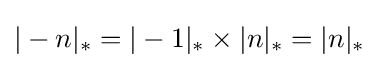
|-n|_{*}=|-1|_{*}\times |n|_{*}=|n|_{*}